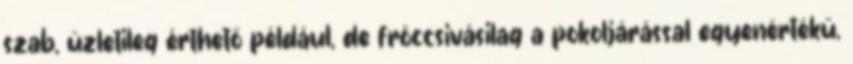
szab, üzletileg érthető például, de fröccsivásilag a pokoljárással egyenértékű,